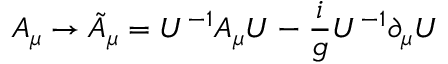
A _ { \mu } \rightarrow \tilde { A } _ { \mu } = U ^ { - 1 } A _ { \mu } U - { \frac { i } { g } } U ^ { - 1 } \partial _ { \mu } U